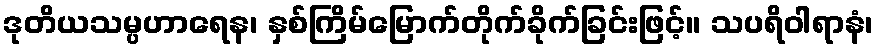
ဒုတိယသမ္ပဟာရေန၊ နှစ်ကြိမ်မြောက်တိုက်ခိုက်ခြင်းဖြင့်။ သပရိဝါရာနံ၊